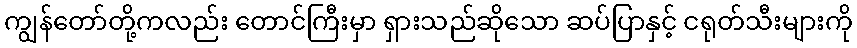
ကျွန်တော်တို့ကလည်း တောင်ကြီးမှာ ရှားသည်ဆိုသော ဆပ်ပြာနှင့် ငရုတ်သီးများကို